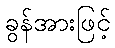
ခွန်အားဖြင့်